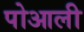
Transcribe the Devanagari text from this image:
पोआली